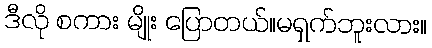
ဒီလို စကား မျိုး ပြောတယ်။မရှက်ဘူးလား။